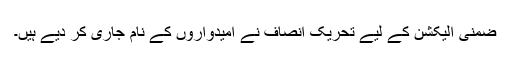
ضمنی الیکشن کے لیے تحریک انصاف نے امیدواروں کے نام جاری کر دیے ہیں۔